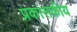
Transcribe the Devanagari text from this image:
प्रकासकीय